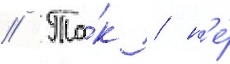
// Та́к / н'е́